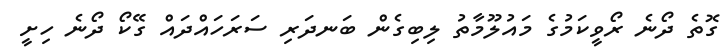
ގޮތެ ދޯނެ ރޯވީކަމުގެ މައުލޫމާތު ލިބިގެން ބަނދަރި ސަރަހައްދައް ގޭކޯ ދޯނެ ހިށީ